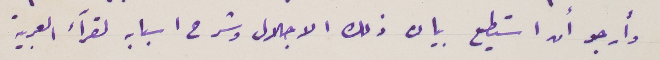
وأرجو أن استطيع بيان ذلك الاجلال وشرح اسبابه لقرآء العربية